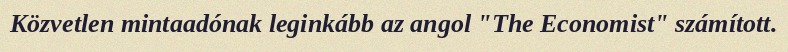
Közvetlen mintaadónak leginkább az angol "The Economist" számított.